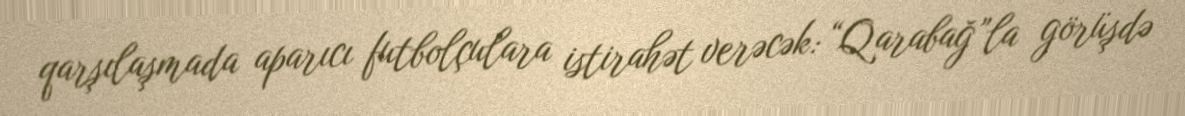
qarşılaşmada aparıcı futbolçulara istirahət verəcək: “Qarabağ”la görüşdə